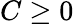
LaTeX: C\geq 0